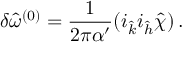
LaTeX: \delta { \hat { \omega } } ^ { ( 0 ) } = \frac { 1 } { 2 \pi \alpha ^ { \prime } } ( i _ { \hat { k } } i _ { \hat { h } } { \hat { \chi } } ) \, .